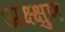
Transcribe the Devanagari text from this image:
अक्ष्क्षुण